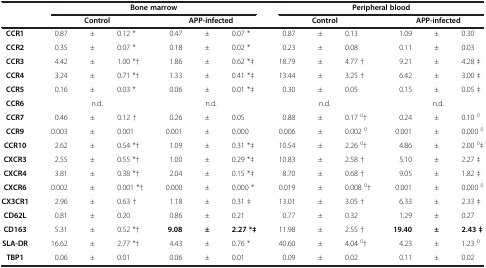
<table><thead><tr><td><b> </b></td><td colspan="6"><b>Bone marrow</b></td><td colspan="6"><b>Peripheral blood</b></td></tr><tr><td><b> </b></td><td colspan="3"><b>Control</b></td><td colspan="3"><b>APP-infected</b></td><td colspan="3"><b>Control</b></td><td colspan="3"><b>APP-infected</b></td></tr></thead><tbody><tr><td><b>CCR1</b></td><td>0.87</td><td>±</td><td>0.12 *</td><td>0.47</td><td>±</td><td>0.07 *</td><td>0.87</td><td>±</td><td>0.13</td><td>1.09</td><td>±</td><td>0.30</td></tr><tr><td><b>CCR2</b></td><td>0.35</td><td>±</td><td>0.07 *</td><td>0.18</td><td>±</td><td>0.02 *</td><td>0.23</td><td>±</td><td>0.08</td><td>0.11</td><td>±</td><td>0.03</td></tr><tr><td><b>CCR3</b></td><td>4.42</td><td>±</td><td>1.00 *†</td><td>1.86</td><td>±</td><td>0.62 *‡</td><td>18.79</td><td>±</td><td>4.77 †</td><td>9.21</td><td>±</td><td>4.28 ‡</td></tr><tr><td><b>CCR4</b></td><td>3.24</td><td>±</td><td>0.71 *†</td><td>1.33</td><td>±</td><td>0.41 *‡</td><td>13.44</td><td>±</td><td>3.25 †</td><td>6.42</td><td>±</td><td>3.00 ‡</td></tr><tr><td><b>CCR5</b></td><td>0.16</td><td>±</td><td>0.03 *</td><td>0.06</td><td>±</td><td>0.01 *‡</td><td>0.30</td><td>±</td><td>0.05</td><td>0.15</td><td>±</td><td>0.05 ‡</td></tr><tr><td><b>CCR6</b></td><td colspan="3">n.d.</td><td colspan="3">n.d.</td><td colspan="3">n.d.</td><td colspan="3">n.d.</td></tr><tr><td><b>CCR7</b></td><td>0.46</td><td>±</td><td>0.12 †</td><td>0.26</td><td>±</td><td>0.05</td><td>0.88</td><td>±</td><td>0.17 <sup>0</sup>†</td><td>0.24</td><td>±</td><td>0.10 <sup>0</sup></td></tr><tr><td><b>CCR9</b></td><td>0.003</td><td>±</td><td>0.001</td><td>0.001</td><td>±</td><td>0.000</td><td>0.006</td><td>±</td><td>0.002 <sup>0</sup></td><td>0.001</td><td>±</td><td>0.000 <sup>0</sup></td></tr><tr><td><b>CCR10</b></td><td>2.62</td><td>±</td><td>0.54 *†</td><td>1.09</td><td>±</td><td>0.31 *‡</td><td>10.54</td><td>±</td><td>2.26 <sup>0</sup>†</td><td>4.86</td><td>±</td><td>2.00 <sup>0</sup>‡</td></tr><tr><td><b>CXCR3</b></td><td>2.55</td><td>±</td><td>0.55 *†</td><td>1.00</td><td>±</td><td>0.29 *‡</td><td>10.83</td><td>±</td><td>2.58 †</td><td>5.10</td><td>±</td><td>2.27 ‡</td></tr><tr><td><b>CXCR4</b></td><td>3.81</td><td>±</td><td>0.38 *†</td><td>2.04</td><td>±</td><td>0.15 *‡</td><td>8.70</td><td>±</td><td>0.68 †</td><td>9.05</td><td>±</td><td>1.82 ‡</td></tr><tr><td><b>CXCR6</b></td><td>0.002</td><td>±</td><td>0.001 *†</td><td>0.000</td><td>±</td><td>0.000 *</td><td>0.019</td><td>±</td><td>0.008 <sup>0</sup>†</td><td>0.001</td><td>±</td><td>0.000 <sup>0</sup></td></tr><tr><td><b>CX3CR1</b></td><td>2.96</td><td>±</td><td>0.63 †</td><td>1.18</td><td>±</td><td>0.31 ‡</td><td>13.01</td><td>±</td><td>3.05 †</td><td>6.33</td><td>±</td><td>2.33 ‡</td></tr><tr><td><b>CD62L</b></td><td>0.81</td><td>±</td><td>0.20</td><td>0.86</td><td>±</td><td>0.21</td><td>0.77</td><td>±</td><td>0.32</td><td>1.29</td><td>±</td><td>0.27</td></tr><tr><td><b>CD163</b></td><td>5.31</td><td>±</td><td>0.52 *†</td><td><b>9.08</b></td><td><b>±</b></td><td><b>2.27 *‡</b></td><td>11.98</td><td>±</td><td>2.55 †</td><td><b>19.40</b></td><td><b>±</b></td><td><b>2.43 ‡</b></td></tr><tr><td><b>SLA-DR</b></td><td>16.62</td><td>±</td><td>2.77 *†</td><td>4.43</td><td>±</td><td>0.76 *</td><td>40.60</td><td>±</td><td>4.04 <sup>0</sup>†</td><td>4.23</td><td>±</td><td>1.23 <sup>0</sup></td></tr><tr><td><b>TBP1</b></td><td>0.06</td><td>±</td><td>0.01</td><td>0.06</td><td>±</td><td>0.01</td><td>0.09</td><td>±</td><td>0.02</td><td>0.11</td><td>±</td><td>0.02</td></tr></tbody></table>